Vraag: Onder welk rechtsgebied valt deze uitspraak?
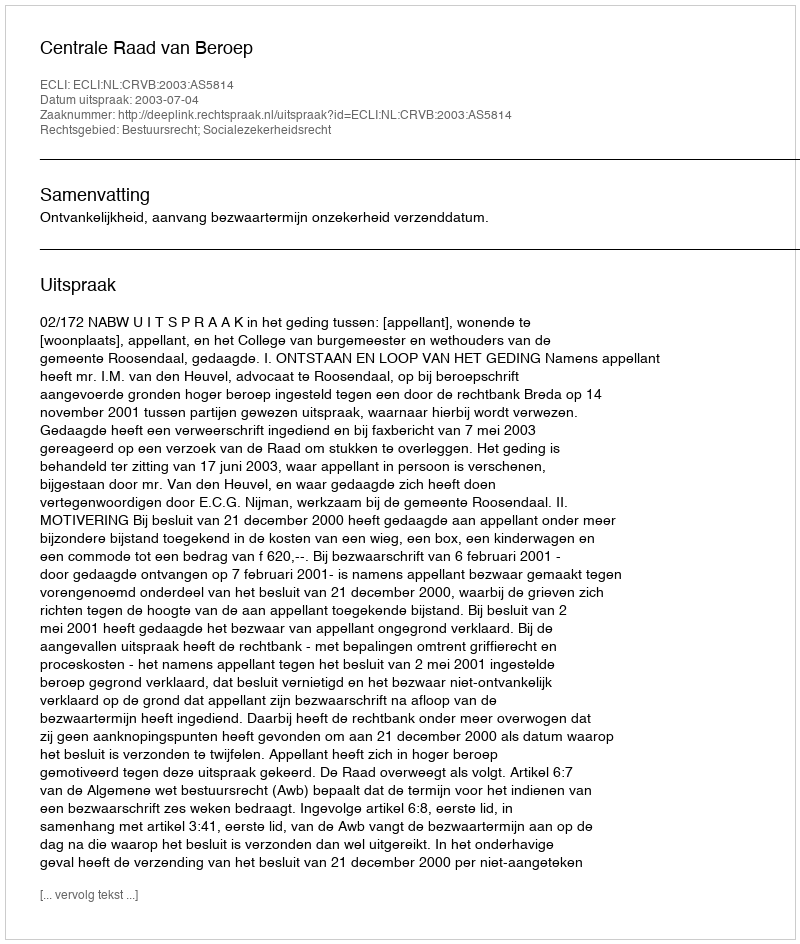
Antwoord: Bestuursrecht; Socialezekerheidsrecht